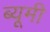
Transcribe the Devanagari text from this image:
ब्यूमी